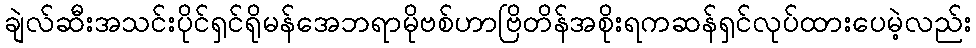
ချဲလ်ဆီးအသင်းပိုင်ရှင်ရိုမန်အေဘရာမိုဗစ်ဟာဗြိတိန်အစိုးရကဆန်ရှင်လုပ်ထားပေမဲ့လည်း